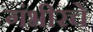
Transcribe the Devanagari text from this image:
गंभीरचे